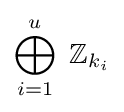
\bigoplus _{i=1}^{u}\ \mathbb {Z} _{k_{i}}